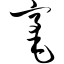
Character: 毫